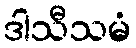
ဒါသီသမံ